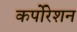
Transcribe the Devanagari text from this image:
कर्पोरेशन